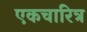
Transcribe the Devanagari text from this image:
एकचारित्र